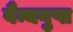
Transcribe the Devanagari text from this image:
वैन्यगुप्त